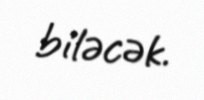
biləcək.